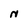
Character: N